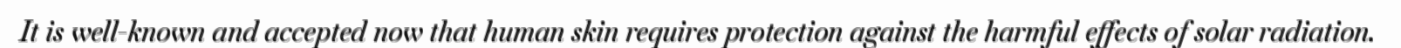
It is well-known and accepted now that human skin requires protection against the harmful effects of solar radiation.